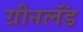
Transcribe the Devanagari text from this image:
ग्रीनलॅंड